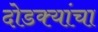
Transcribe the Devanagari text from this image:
दोडक्यांचा